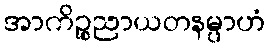
အာကိဉ္စညာယတနမ္ပာဟံ